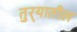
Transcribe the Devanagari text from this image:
तुर्‍यातील